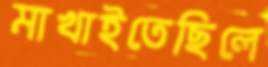
মাখাইতেছিলে